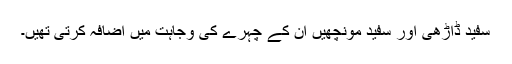
سفید ڈاڑھی اور سفید مونچھیں ان کے چہرے کی وجاہت میں اضافہ کرتی تھیں۔